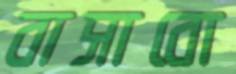
বাসাবো